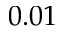
0 . 0 1